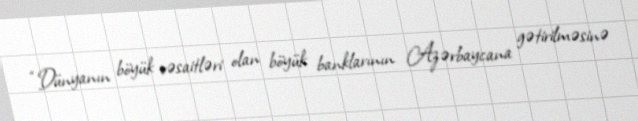
“Dünyanın böyük vəsaitləri olan böyük banklarının Azərbaycana gətirilməsinə